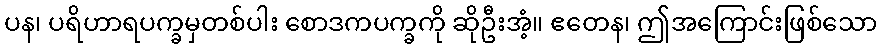
ပန၊ ပရိဟာရပက္ခမှတစ်ပါး စောဒကပက္ခကို ဆိုဦးအံ့။ ဧတေန၊ ဤအကြောင်းဖြစ်သော